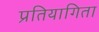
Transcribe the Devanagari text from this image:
प्रतियागिता